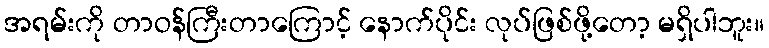
အရမ်းကို တာဝန်ကြီးတာကြောင့် နောက်ပိုင်း လုပ်ဖြစ်ဖို့တော့ မရှိပါဘူး။